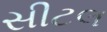
સીટલ